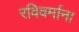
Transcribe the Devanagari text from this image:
रविवर्माना